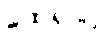
ထေရာပိ